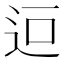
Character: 𮞄